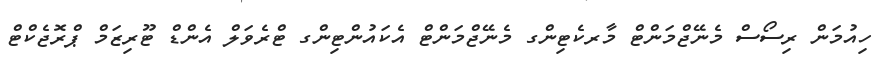
ހިއުމަން ރިސޯސް މެނޭޖްމަންޓް މާރކެޓިންގ މެނޭޖްމަންޓް އެކައުންޓިންގ ޓްރެވަލް އެންޑް ޓޫރިޒަމް ޕްރޮޖެކްޓް